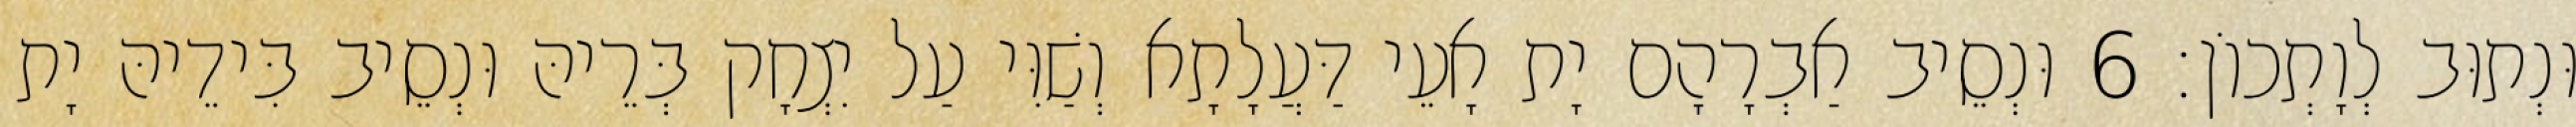
וּנְתוּב לְוָתְכוֹן׃ 6 וּנְסֵיב אַבְרָהָם יָת אָעֵי דַּעֲלָתָא וְשַׁוִּי עַל יִצְחָק בְּרֵיהּ וּנְסֵיב בִּידֵיהּ יָת